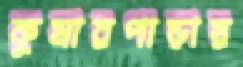
কুমারপাড়ায়